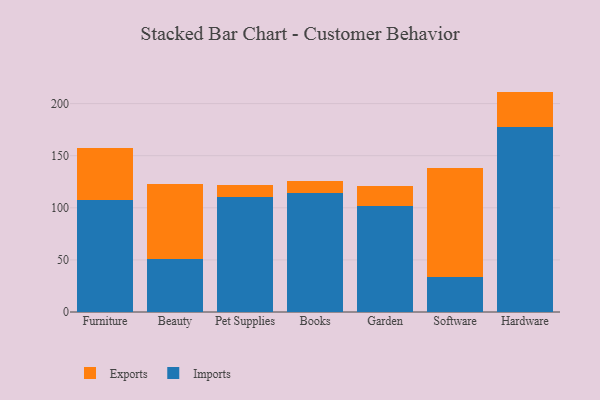
{"axis": {"x": "Category", "y": "Net Income (USD K)"}, "legend": ["Exports", "Imports"], "data": [{"x": "Furniture", "y": 107.9, "type": "Imports"}, {"x": "Furniture", "y": 49.4, "type": "Exports"}, {"x": "Beauty", "y": 50.9, "type": "Imports"}, {"x": "Beauty", "y": 71.6, "type": "Exports"}, {"x": "Pet Supplies", "y": 109.9, "type": "Imports"}, {"x": "Pet Supplies", "y": 12.0, "type": "Exports"}, {"x": "Books", "y": 114.3, "type": "Imports"}, {"x": "Books", "y": 11.4, "type": "Exports"}, {"x": "Garden", "y": 101.4, "type": "Imports"}, {"x": "Garden", "y": 19.8, "type": "Exports"}, {"x": "Software", "y": 33.3, "type": "Imports"}, {"x": "Software", "y": 105.2, "type": "Exports"}, {"x": "Hardware", "y": 177.6, "type": "Imports"}, {"x": "Hardware", "y": 33.9, "type": "Exports"}]}